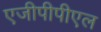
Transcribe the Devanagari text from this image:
एजीपीपीएल